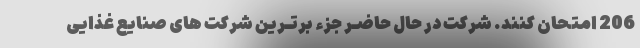
206 امتحان کنند. شرکت در حال حاضـر جزء برتـرین شرکت های صنایع غذایی